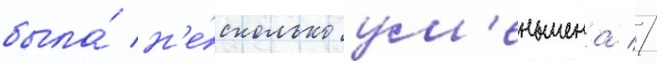
была́ н'е́сколько ум'еньшена //